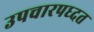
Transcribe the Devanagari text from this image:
उपचारपध्दत